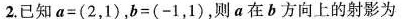
2.已知a=(2，1)，b=(-1，1)，则a在b方向上的射影为